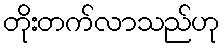
တိုးတက်လာသည်ဟု